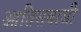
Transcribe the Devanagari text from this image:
आतिसबाजी